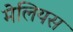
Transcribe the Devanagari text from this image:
मेलियस